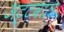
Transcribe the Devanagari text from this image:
अट्टवाल